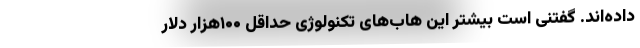
داده‌اند. گفتنی است بیشتر این هاب‌های تکنولوژی حداقل ۱۰۰هزار دلار